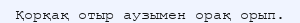
Қорқақ отыр аузымен орақ орып.